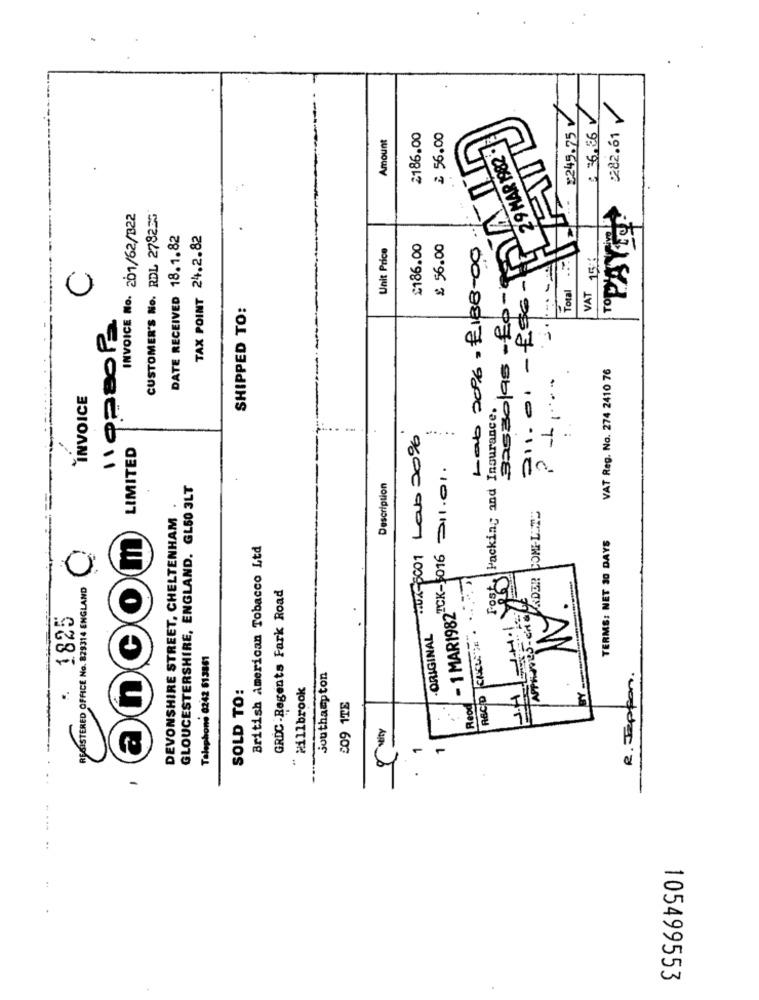
$245.75
€ 36.86
282.61
≥ 56.00
29 MAR 1982 .
Amount
2186.00
TOPAYER
INVOICE No. 201/62/322
CUSTOMER'S No. RDL 278233
DATE RECEIVED 18.1.82
TAX POINT 24.2.82
Unit Price
$186.00
£ 56.00
Lab 20%= £138-00
VAT 15%
C
Bassolas - fo-
Total
311.01 - fsc
SHIPPED TO:
Il pasoPa
VAT Reg. No. 274 2410 76
INVOICE
Packing and Insurance.
MAUX-5001 Lab 20%
......
LIMITED
- 1 MAR1982-CR-016 -11.01.
GLOUCESTERSHIRE, ENGLAND. GL50 3LT
Description
DEVONSHIRE STREET, CHELTENHAM .
VADER COME-LITE
TERMS: NET 30 DAYS
British American Tobacco Ltd
RECID ENCUIR .......
REGISTERED OFFICE No. 829314 ENGLAND
GRDC .Regents Fark Road
1825
ORIGINAL
Telephone 0242 513861
Southampton
R . Jappon .
Millbrook
SOLD TO:
Lood
509 1TE
veity
--
-
-
105499553